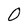
Character: O